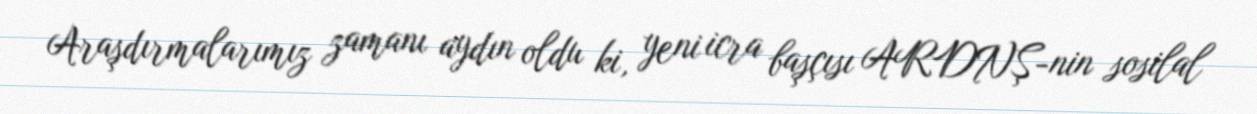
Araşdırmalarımız zamanı aydın oldu ki, yeni icra başçısı ARDNŞ-nin sosilal